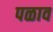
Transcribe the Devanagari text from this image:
पळाव